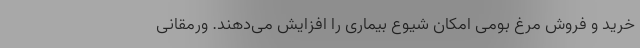
خرید و فروش مرغ بومی امکان شیوع بیماری را افزایش می‌دهند. ورمقانی